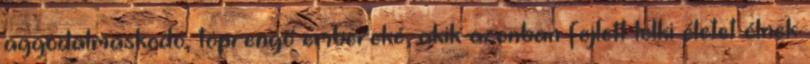
aggodalmaskodó, töprengő embereké, akik azonban fejlett lelki életet élnek